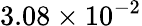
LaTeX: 3.08\times 10^{-2}